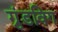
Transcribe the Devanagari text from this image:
ग्रुंडविग